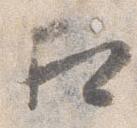
相